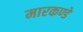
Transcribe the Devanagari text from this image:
मारकण्डे